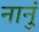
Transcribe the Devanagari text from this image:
नानुं